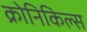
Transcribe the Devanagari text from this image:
क्रोनिकिल्स